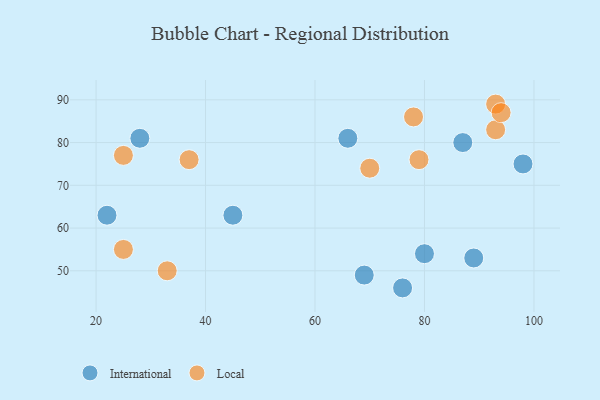
{"axis": {"x": "GDP", "y": "Life Expectancy"}, "legend": ["International", "Local"], "data": [{"x": "80", "y": 54, "type": "International"}, {"x": "22", "y": 63, "type": "International"}, {"x": "87", "y": 80, "type": "International"}, {"x": "69", "y": 49, "type": "International"}, {"x": "98", "y": 75, "type": "International"}, {"x": "28", "y": 81, "type": "International"}, {"x": "89", "y": 53, "type": "International"}, {"x": "76", "y": 46, "type": "International"}, {"x": "66", "y": 81, "type": "International"}, {"x": "45", "y": 63, "type": "International"}, {"x": "79", "y": 76, "type": "Local"}, {"x": "78", "y": 86, "type": "Local"}, {"x": "33", "y": 50, "type": "Local"}, {"x": "37", "y": 76, "type": "Local"}, {"x": "25", "y": 77, "type": "Local"}, {"x": "70", "y": 74, "type": "Local"}, {"x": "93", "y": 83, "type": "Local"}, {"x": "93", "y": 89, "type": "Local"}, {"x": "25", "y": 55, "type": "Local"}, {"x": "94", "y": 87, "type": "Local"}]}